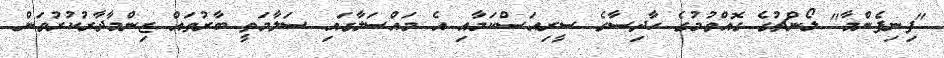
"ފިނިފެންމާ" ލޯންޗުގެ ގޮއްވުމުގެ ހާދިސާގެ ސީރިއަސްކަމާއި އެ މައްސަލާގައި ސަލާމަތީ ބާރުތައް ޒިންމާދާރުކުރުވަން